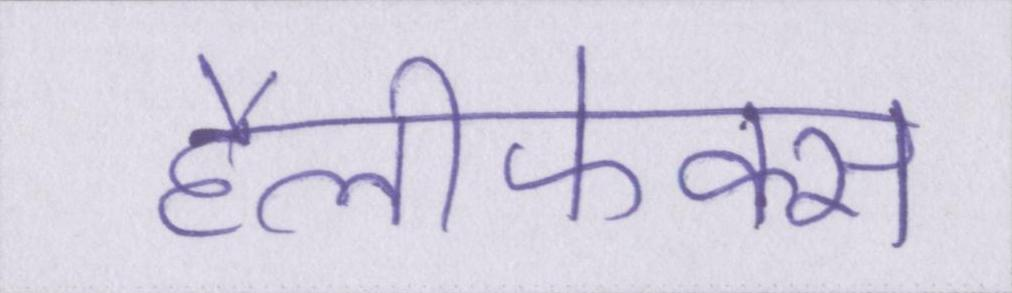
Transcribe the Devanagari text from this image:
हैलीफेक्स